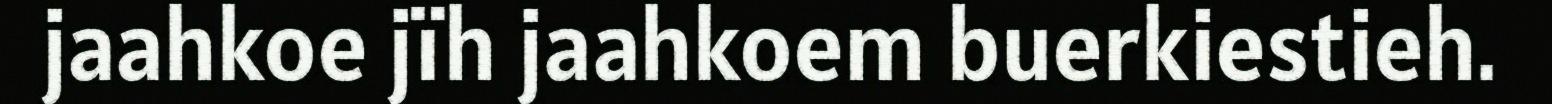
jaahkoe jïh jaahkoem buerkiestieh.